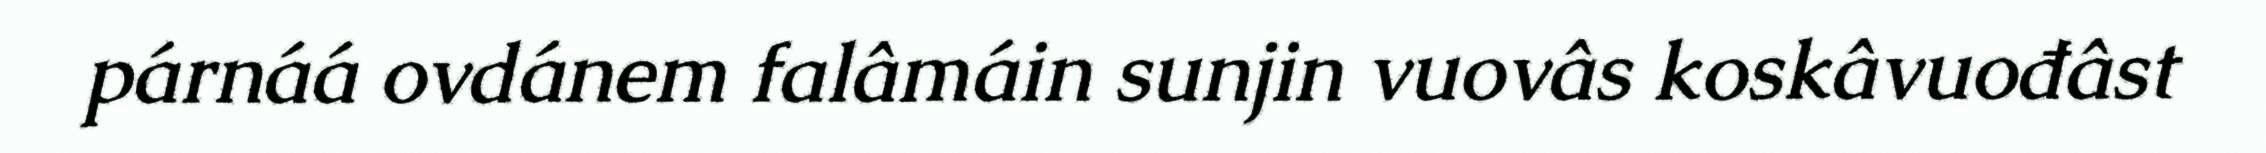
párnáá ovdánem falâmáin sunjin vuovâs koskâvuođâst